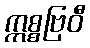
ဣစ္စဗြဝီ